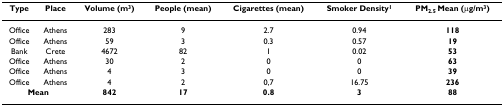
<table><thead><tr><td><b>Type</b></td><td><b>Place</b></td><td><b>Volume (m<sup>3</sup>)</b></td><td><b>People (mean)</b></td><td><b>Cigarettes (mean)</b></td><td><b>Smoker Density<sup>1</sup></b></td><td><b>PM<sub>2.5 </sub>Mean (μg/m<sup>3</sup>)</b></td></tr></thead><tbody><tr><td>Office</td><td>Athens</td><td>283</td><td>9</td><td>2.7</td><td>0.94</td><td><b>118</b></td></tr><tr><td>Office</td><td>Athens</td><td>59</td><td>3</td><td>0.3</td><td>0.57</td><td><b>19</b></td></tr><tr><td>Bank</td><td>Crete</td><td>4672</td><td>82</td><td>1</td><td>0.02</td><td><b>53</b></td></tr><tr><td>Office</td><td>Athens</td><td>30</td><td>2</td><td>0</td><td>0</td><td><b>63</b></td></tr><tr><td>Office</td><td>Athens</td><td>4</td><td>3</td><td>0</td><td>0</td><td><b>39</b></td></tr><tr><td>Office</td><td>Athens</td><td>4</td><td>2</td><td>0,7</td><td>16.75</td><td><b>236</b></td></tr><tr><td colspan="2"><b>Mean</b></td><td><b>842</b></td><td><b>17</b></td><td><b>0.8</b></td><td><b>3</b></td><td><b>88</b></td></tr></tbody></table>